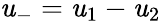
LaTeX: \mathit{u}_{-}=\mathit{u}_{1}-\mathit{u}_{2}